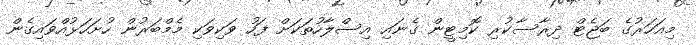
މިއަހަރުގެ ބަޖެޓް ދިރާސާކުރި ކޮމިޓީން ގެނައި އިސްލާހުތަކަށް ފަހު ވަކިވަކި މެމްބަރުން ހުށަހަޅުއްވައިގެން